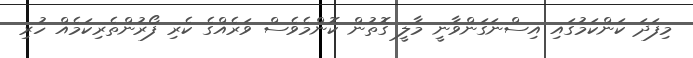
މިފަދަ ކަންކަމުގައި އިސްނަގަންވާނީ މާލީ ގޮތުން ކޮންމެވެސް ވަރެއްގެ ކެރި ފޯރުންތެރިކަމެއް ހުރި